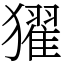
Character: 㺟